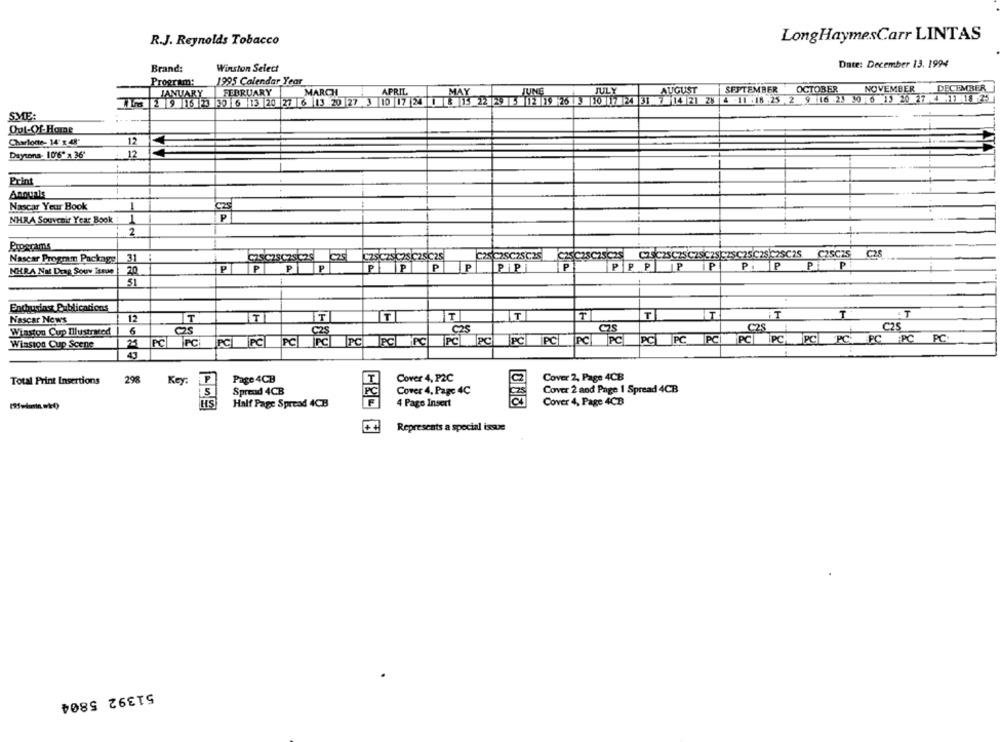
LongHaymesCarr LINTAS
R.J. Reynolds Tobacco
Winston Select
Date: December 13. 1994
Brand:
Program:
1995 Calendar Year
JUNG
JULY
AUGUST
SEPTEMBER OCTOBER
NOVEMBER
DECEMBER
JANUARY
FEBRUARY
MARCH
APRIL
MAY
ALS 2 9 16 23 30 6 13 20 27 6 13 20 27 3 10 17 24 0 8 15 22 2. 5 02 19 26 3 10 17 24 31 7 14 21 28 4 -11 :18 :25 2 9 16 23 30 6 13 20 27 4 1 :18 25
SME:
Out-Of- Home
Charlotte- 14' x 48"
12
Daytona- 10'6" x 36'
12
Print
Nascar Yeur Book
NHRA Souvenir Year Book
1
2
Programs
C25C25C25C25C28C2SC25C2SC2SC25 C25C75
C28
Nascar Program Package
31
C75C28C25C29
P
PP
P
PPP
IP
PP
PPI
NHRA Nat Drag Souv Isme
20
PPP
P
PiPI
51
Enchusinst Publications
Nascar News
12
T
IT
T
TI
T
T
T
IT
T
. T
C28 :
C25
Winston Cup Illustrated
6
C25
25
PC PC
PC PC
IPC
PC WPC
PC
PC
PC
PC
PC
PC
IPC
PC PC-PC
PC
EPC IPC PC:
Winston Cup Scene
PC
43
298
Page 4CH
Cover 4, P2C
C2
Cover 2, Page 4CB
Total Print Insertions
Key:
P
Spread 4CB
Cover 4, Page 4C
Cover 2 and Page 1 Spread 4CB
HIS
Half Page Spread 4CB
4 Page Insert
Cover 4, Page 4CB
Represents a special issue
51392 5804